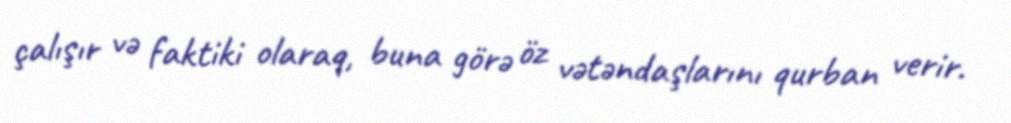
çalışır və faktiki olaraq, buna görə öz vətəndaşlarını qurban verir.